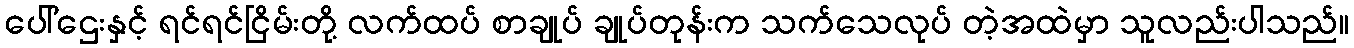
ပေါ်ဌေးနှင့် ရင်ရင်ငြိမ်းတို့ လက်ထပ် စာချုပ် ချုပ်တုန်းက သက်သေလုပ် တဲ့အထဲမှာ သူလည်းပါသည်။